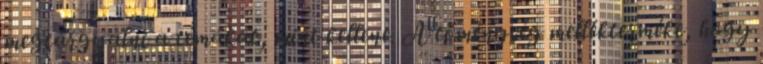
megtárgyalni a témákat, mint kellene. A töménység mellékterméke, hogy